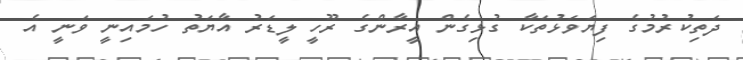
ދަތިކުރުމުގެ ފިޔަވަޅުތަކާ ގުޅިގެން އީރާންގެ ރޫހީ ލީޑަރު އާޔަތު ހުމައިނީ ވަނީ އެ